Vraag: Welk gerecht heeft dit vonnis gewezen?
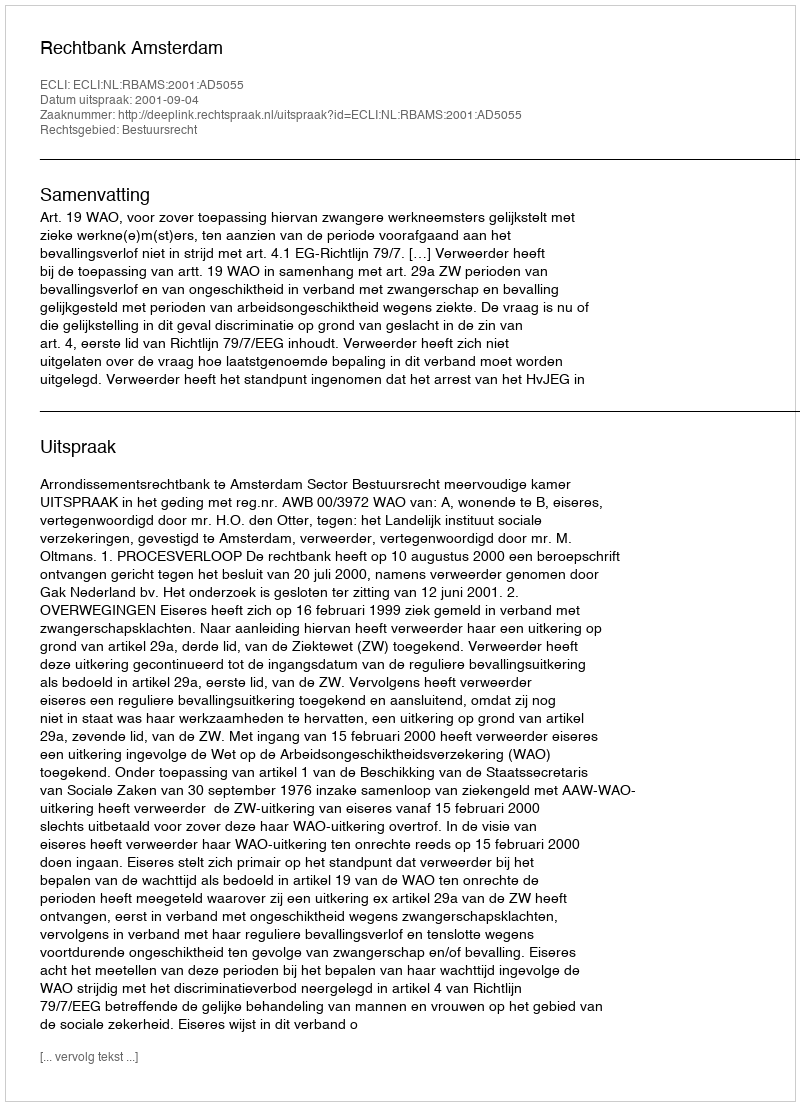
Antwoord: Rechtbank Amsterdam